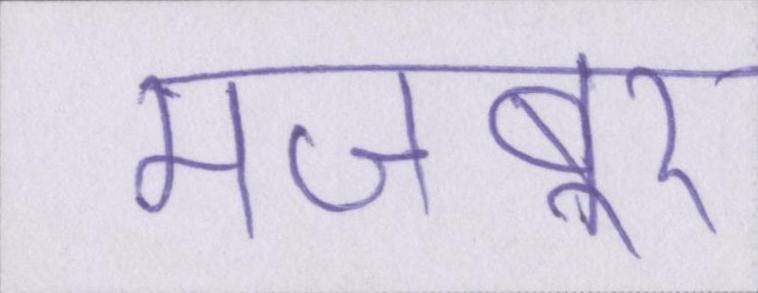
मजबूर